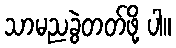
သာမညခွဲတတ်ဖို့ ပါ။